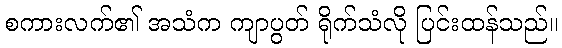
စကားလက်၏ အသံက ကျာပွတ် ရိုက်သံလို ပြင်းထန်သည်။